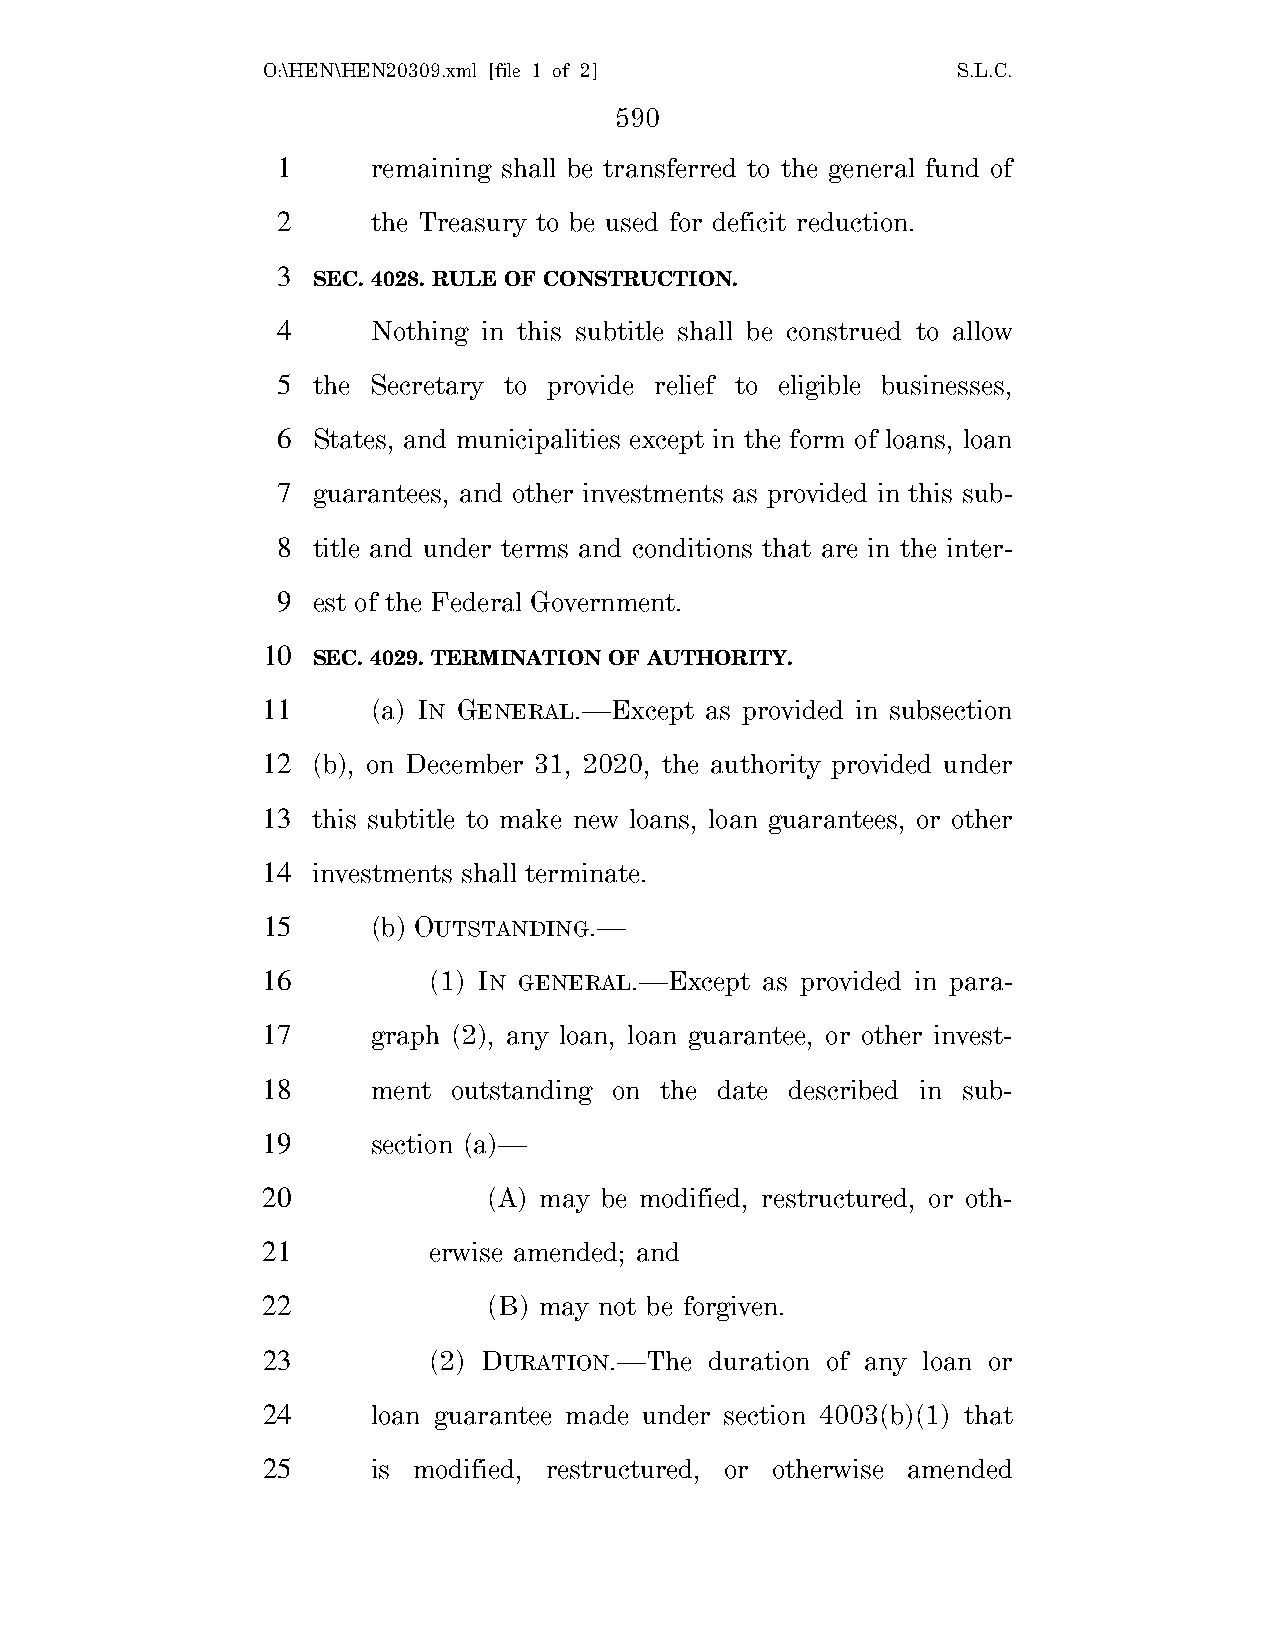
O:\HEN\HEN20309.xml [file 1 of 2]             S.L.C.
 590
 1      remaining shall be transferred to the general fund of
 2      the Treasury to be used for deficit reduction.
 3
 SEC. 4028. RULE OF CONSTRUCTION.
 4      Nothing in this subtitle shall be construed to allow
 5  the Secretary to provide relief to eligible businesses,
 6  States, and municipalities except in the form of loans, loan
 7  guarantees, and other investments as provided in this sub-
 8  title and under terms and conditions that are in the inter-
 9  est of the Federal Government.
 10
 SEC. 4029. TERMINATION OF AUTHORITY.
 11      (a) IN GENERAL.—Except as provided in subsection
 12  (b), on December 31, 2020, the authority provided under
 13  this subtitle to make new loans, loan guarantees, or other
 14  investments shall terminate.
 15      (b) OUTSTANDING.—
 16         (1) IN GENERAL.—Except as provided in para-
 17      graph (2), any loan, loan guarantee, or other invest-
 18      ment outstanding on the date described in sub-
 19      section (a)—
 20             (A) may be modified, restructured, or oth-
 21         erwise amended; and
 22             (B) may not be forgiven.
 23         (2) DURATION.—The  duration of any loan or
 24      loan guarantee made under section 4003(b)(1) that
 25      is modified, restructured, or otherwise amended